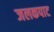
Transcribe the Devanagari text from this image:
जलकपाट